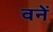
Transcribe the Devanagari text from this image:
वनें